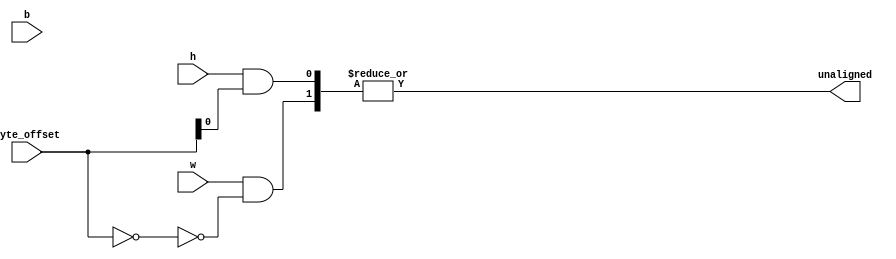
module mem_addr_check(
        input w,
        input h,
        input b,
        input [1:0] byte_offset,
        output unaligned
    );
    wire word_aligned = byte_offset[1:0] == 2'b0;
    wire halfword_aligned = byte_offset[0] == 1'b0;
    wire byte_aligned = 1'b1;
    assign unaligned =
           |{
               w & ~word_aligned,
               h & ~halfword_aligned,
               b & ~byte_aligned
           };
endmodule